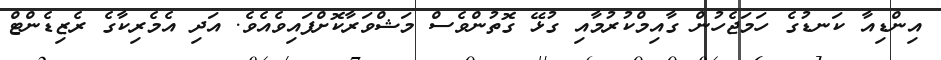
އިންޑިއާ ކަނޑުގެ ހަމަޖެހުން ގާއިމްކުރުމާއި ގުޅޭ ގޮތުންވެސް މަޝްވަރާކޮށްފައިވެއެވެ. އަދި އެމެރިކާގެ ރެޒިޑެންޓް